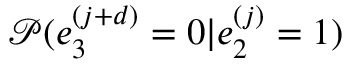
\mathcal { P } ( e _ { 3 } ^ { ( j + d ) } = 0 | e _ { 2 } ^ { ( j ) } = 1 )